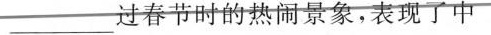
___过春节时的热闹景象，表现了中